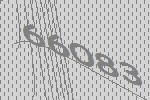
66083